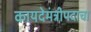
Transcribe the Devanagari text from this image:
कायदेमंत्रीपदाचा